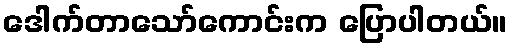
ဒေါက်တာသော်ကောင်းက ပြောပါတယ်။